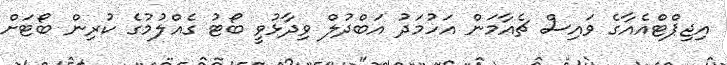
އިޖިޕްޓްއެއާގެ ވައިސް ޗެއާމަން އަހުމަދު އަބްދުލް ވިދާޅުވީ ބޯޓު ގެއްލުމުގެ ކުރިން ބޯޓަށް